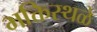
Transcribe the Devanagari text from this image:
भक्तिस्थळे